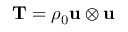
\mathbf { T } = \rho _ { 0 } \mathbf { u } \otimes \mathbf { u }